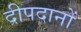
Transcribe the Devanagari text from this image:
दीपदानों